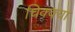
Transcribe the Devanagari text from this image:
चिक्क्या